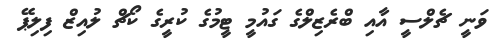
ވަނީ ޗެލްސީ އާއި ބްރެޒިލްގެ ގައުމީ ޓީމުގެ ކުރީގެ ކޯޗް ލުއިޒް ފިލިޕޭ